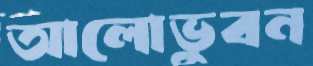
আলোভুবন